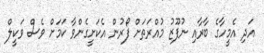
އަދި އެމީހާގެ ބާރާއި ނުފޫޒު މުއްރަތަށް ފޯރުން އެކަށީގެންވާ ކަމަށް ވެސް ވަކީލް